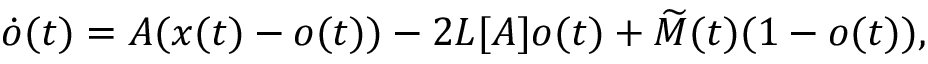
\dot { o } ( t ) = A ( x ( t ) - o ( t ) ) - 2 L [ A ] o ( t ) + \widetilde M ( t ) ( 1 - o ( t ) ) ,